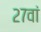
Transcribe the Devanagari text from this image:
२७वां